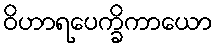
ဝိဟာရပေက္ခိကာယော